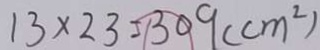
1 3 \times 2 3 = 3 0 9 ( c m ^ { 2 } )